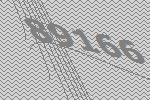
89166